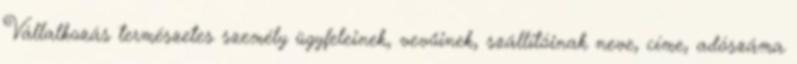
Vállalkozás természetes személy ügyfeleinek, vevőinek, szállítóinak neve, címe, adószáma